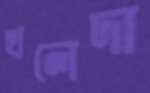
খলেদা